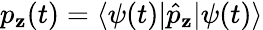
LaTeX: p_{\mathbf{z}}(t)=\langle\psi(t)|\hat{{p}}_{\mathbf{z}}|\psi(t)\rangle